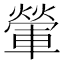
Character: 𨍶